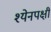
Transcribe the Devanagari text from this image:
श्येनपक्षी